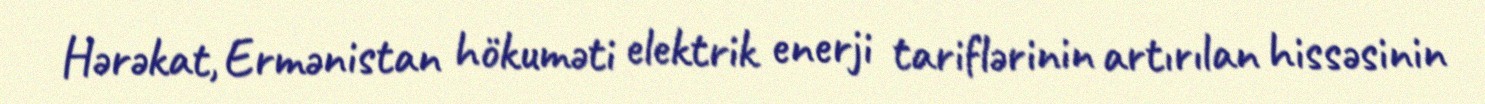
Hərəkat, Ermənistan hökuməti elektrik enerji tariflərinin artırılan hissəsinin